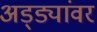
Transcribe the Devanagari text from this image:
अड्ड्यांवर